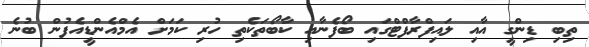
ތިބި ޑިންގީ އާއި ލައިފްރާފްޓްގައި ބޯފެނާއި ކާބޯތަކެތި ހުރި ކަމަށް އެމްއެންޑީއެފުން ބުނެ